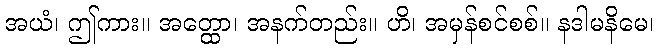
အယံ၊ ဤကား။ အတ္ထော၊ အနက်တည်း။ ဟိ၊ အမှန်စင်စစ်။ နဒါမနိမေ၊